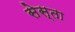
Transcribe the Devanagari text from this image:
सेस्ता